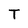
Character: T